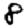
Digit: 8